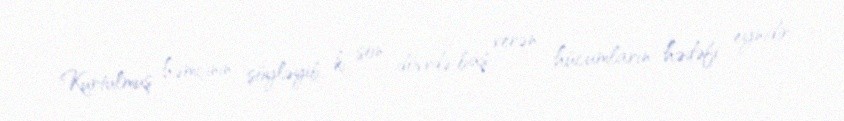
Kurtulmuş həmçinin söyləyib ki, son dövrdə baş verən hücumların hədəfi eynidir: